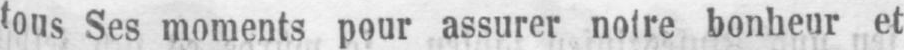
tous Ses moments pour assurer notre bonheur et